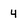
Character: 4